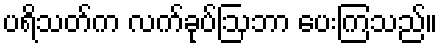
ပရိသတ်က လက်ခုပ်ဩဘာ ပေးကြသည်။